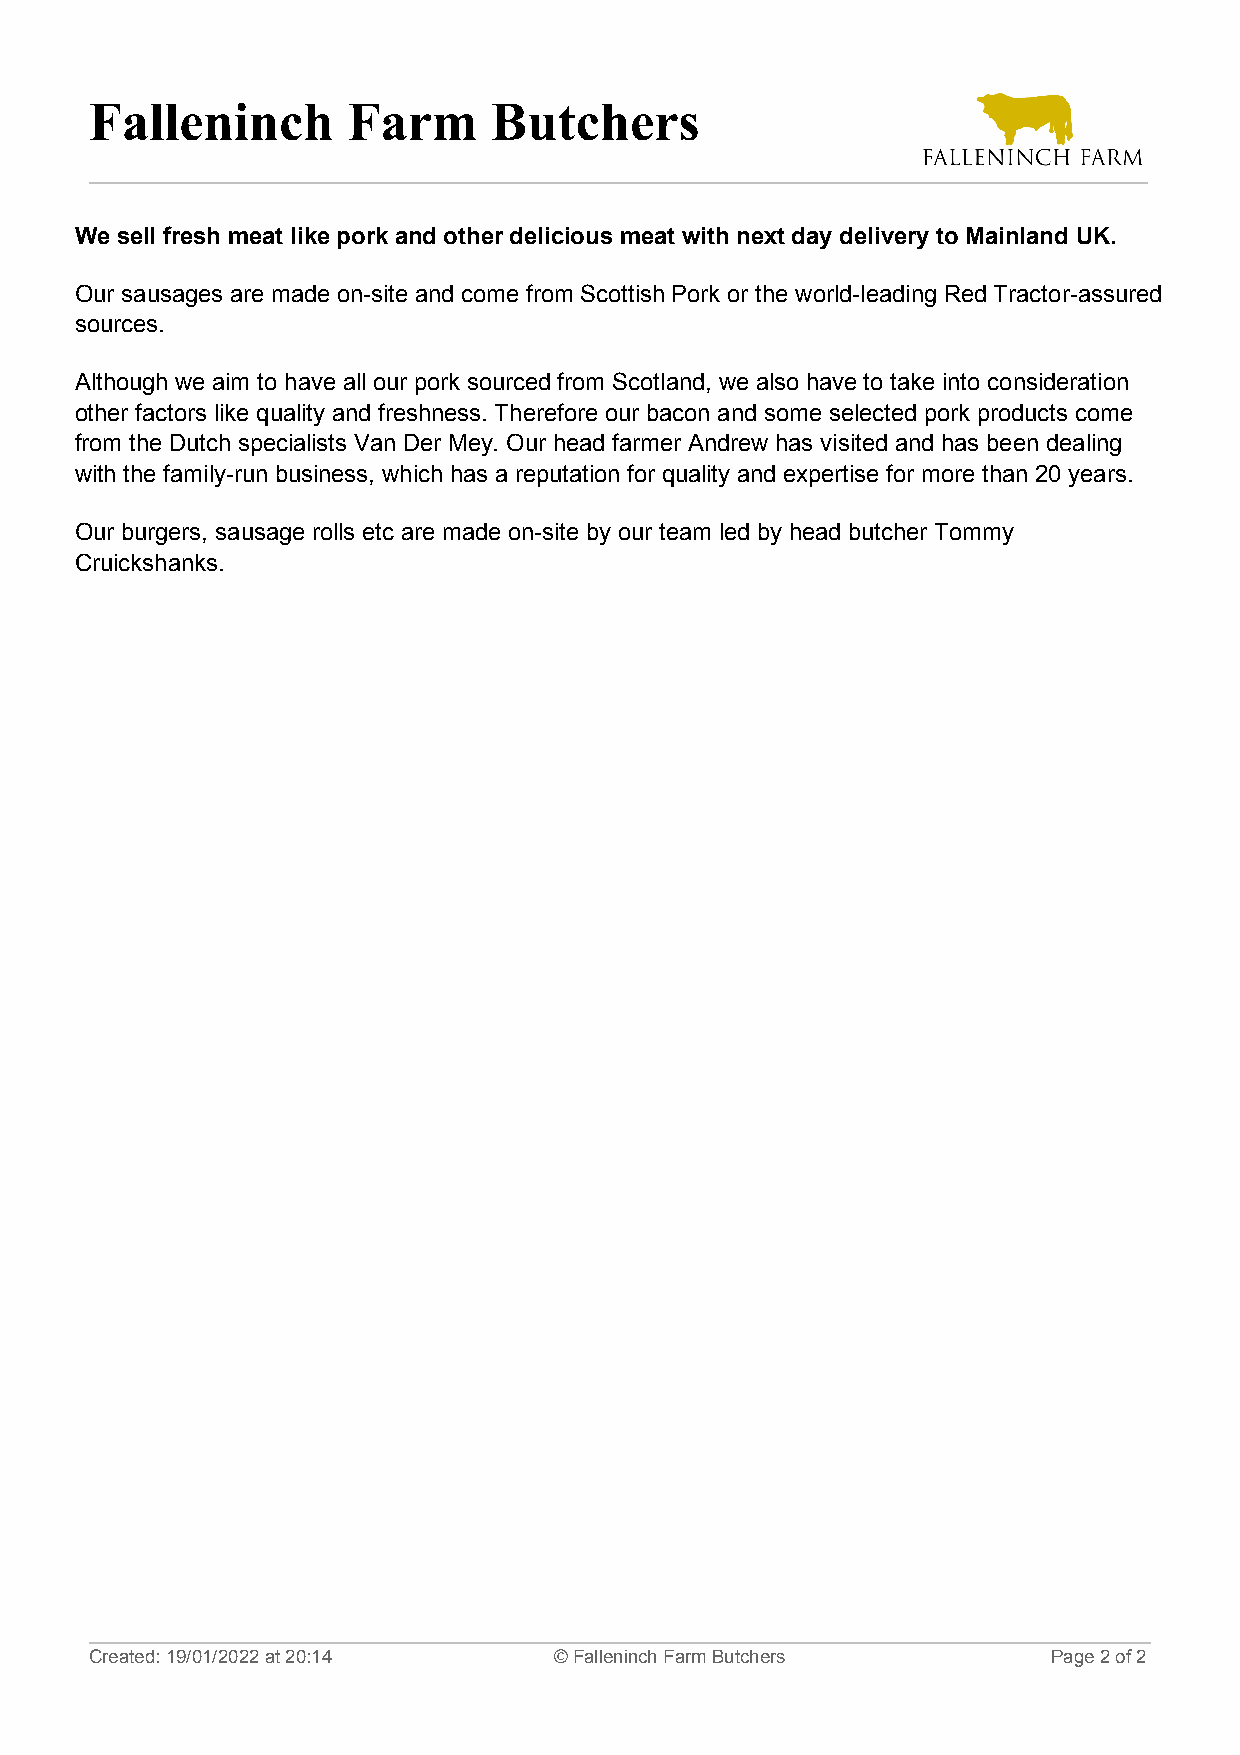
Falleninch       Farm     Butchers
 We sell fresh meat like pork and other delicious meat with next day delivery to Mainland UK.
 Our sausages are made on-site and come from Scottish Pork or the world-leading Red Tractor-assured
 sources.
 Although we aim to have all our pork sourced from Scotland, we also have to take into consideration
 other factors like quality and freshness. Therefore our bacon and some selected pork products come
 from the Dutch specialists Van Der Mey. Our head farmer Andrew has visited and has been dealing
 with the family-run business, which has a reputation for quality and expertise for more than 20 years.
 Our burgers, sausage rolls etc are made on-site by our team led by head butcher Tommy
 Cruickshanks.
 Created: 19/01/2022 at 20:14   © Falleninch Farm Butchers       Page 2 of 2